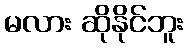
မလား ဆိုနိုင်ဘူး